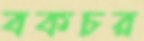
বকচর